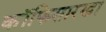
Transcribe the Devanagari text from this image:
कॉफिसारखा